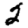
Digit: 2